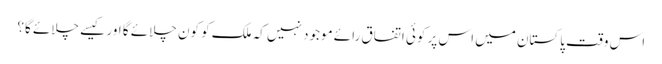
اس وقت پاکستان میں اس پر کوئی اتفاق رائے موجود نہیں کہ ملک کو کون چلائے گا اور کیسے چلائے گا؟